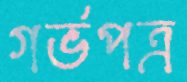
গর্ভপত্র